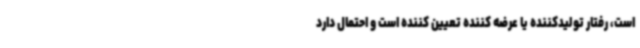
است، رفتار تولیدکننده یا عرضه کننده تعیین کننده است و احتمال دارد